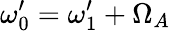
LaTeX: \omega_{0}^{\prime}=\omega_{1}^{\prime}+\Omega_{A}